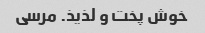
خوش پخت و لذیذ. مرسی